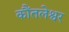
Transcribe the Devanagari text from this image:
कौंतलेश्वर